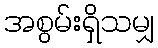
အစွမ်းရှိသမျှ